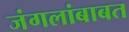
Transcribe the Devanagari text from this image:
जंगलांबाबत